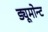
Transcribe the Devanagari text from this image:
ड्यूमोन्ट